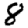
Digit: 8